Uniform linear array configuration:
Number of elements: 4
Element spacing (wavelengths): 1
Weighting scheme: hann
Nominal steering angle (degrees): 60
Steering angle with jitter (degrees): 61.81
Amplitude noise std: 0.05
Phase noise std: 0.05

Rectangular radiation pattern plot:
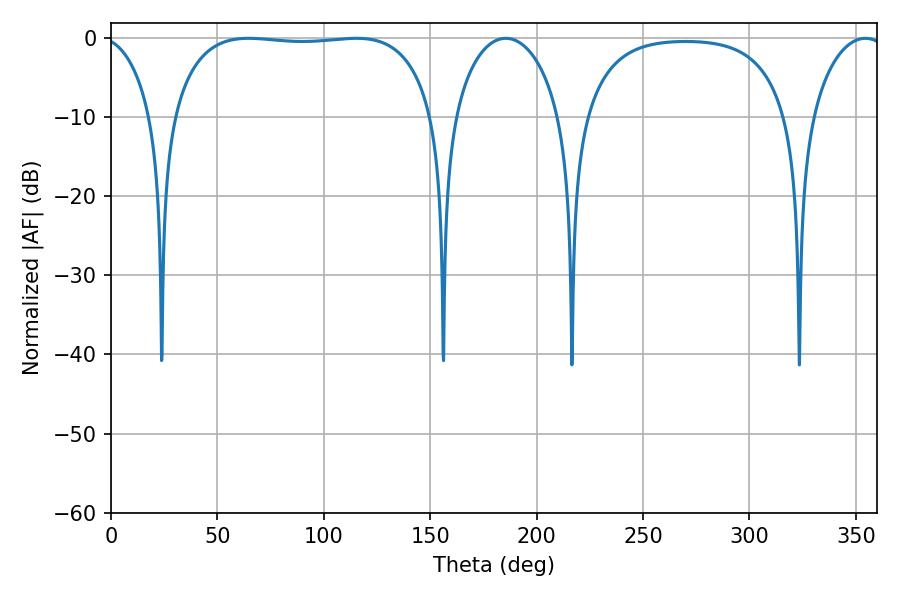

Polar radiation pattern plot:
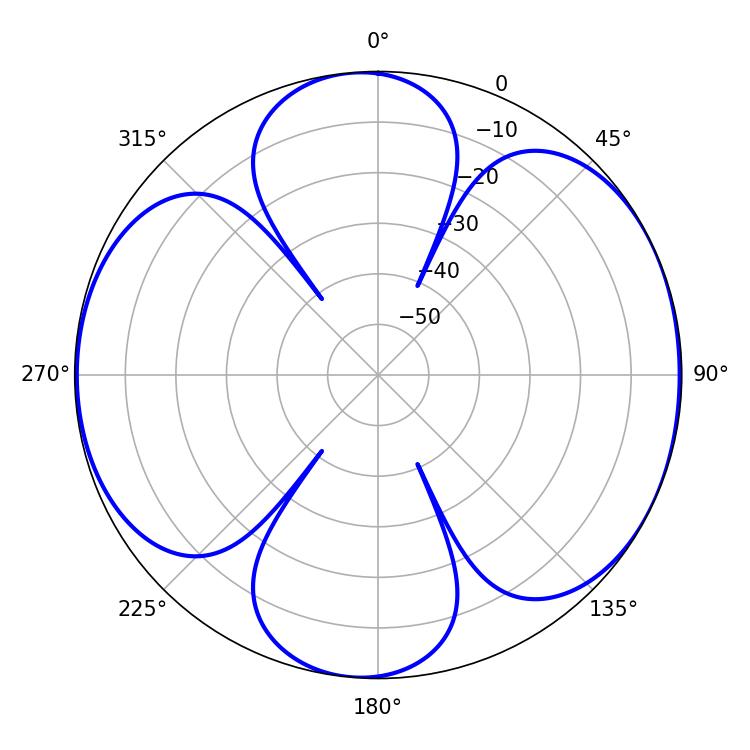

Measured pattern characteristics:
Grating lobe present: TRUE
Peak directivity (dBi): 7.232
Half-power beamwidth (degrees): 98.28
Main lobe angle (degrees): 64.62